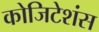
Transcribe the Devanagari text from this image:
कोजिटेशंस